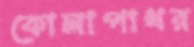
কোলাপাথর